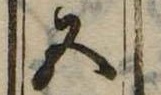
五